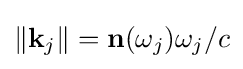
\|\mathbf {k} _{j}\|=\mathbf {n} (\omega _{j})\omega _{j}/c